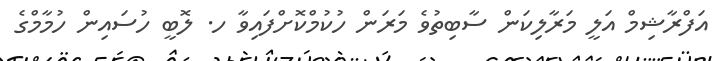
އަފްރާޝިމް އަލީ މަރާލިކަން ސާބިތުވެ މަރަން ހުކުމްކޮށްފައިވާ ހ. ލޮބީ ހުސައިން ހުމާމްގެ